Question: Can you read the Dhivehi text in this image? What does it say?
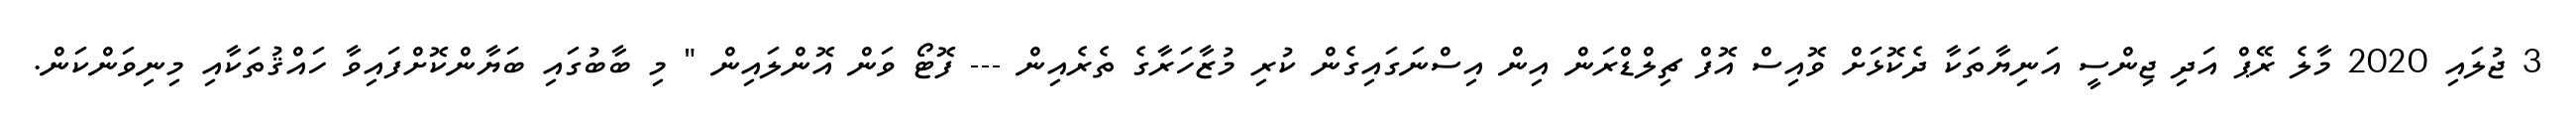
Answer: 3 ޖުލައި 2020 މާލެ ރޭޕް އަދި ޖިންސީ އަނިޔާތަކާ ދެކޮޅަށް ވޮއިސް އޮފް ޗިލްޑްރަން އިން އިސްނަގައިގެން ކުރި މުޒާހަރާގެ ތެރެއިން --- ފޮޓޯ ވަން އޮންލައިން " މި ބާބުގައި ބަޔާންކޮށްފައިވާ ހައްޤުތަކާއި މިނިވަންކަން.